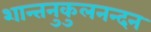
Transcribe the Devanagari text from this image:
शान्तनुकुलनन्दन